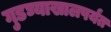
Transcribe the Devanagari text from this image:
गुडघ्याखालपर्यंत